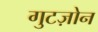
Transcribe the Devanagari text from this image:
गुटज़ोन